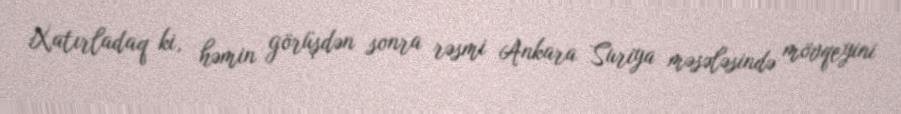
Xatırladaq ki, həmin görüşdən sonra rəsmi Ankara Suriya məsələsində mövqeyini